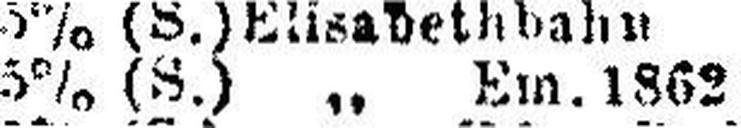
5% (S.) „ Em. 1862